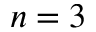
n = 3